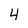
Character: 4